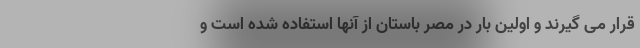
قرار می گیرند و اولین بار در مصر باستان از آنها استفاده شده است و